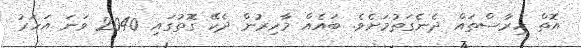
އޮތް ހިރާސްތައް ދެނެގަތުމަށެވެ. ބައެއް މާހިރުން ދެކޭ ގޮތުގައި 2040 ވަަނަ އަހަރު